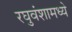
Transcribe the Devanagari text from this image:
रघुवंशामध्ये